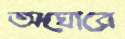
অঘোরে